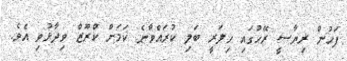
ފަހުން ރިޔާސީ ރޭހުގައި ހިލަރީ ބަލި ކުރައްވާނެ ކަމަށް ކްރޫޒް ވިދާޅުވި އެވެ.